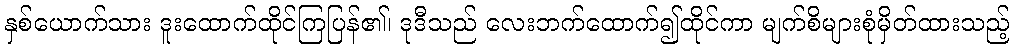
နှစ်ယောက်သား ဒူးထောက်ထိုင်ကြပြန်၏၊ ဒုဒီသည် လေးဘက်ထောက်၍ထိုင်ကာ မျက်စိများစုံမှိတ်ထားသည့်